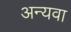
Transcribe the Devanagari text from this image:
अन्यवा